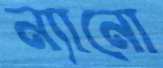
ন্যানো